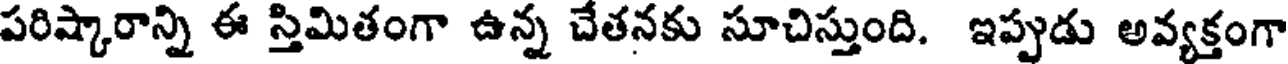
పరిష్కారాన్ని ఈ స్తిమితంగా ఉన్న చేతనకు సూచిస్తుంది. ఇప్పుడు అవ్యక్తంగా